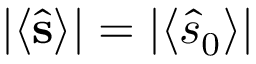
| \langle \hat { \bf s } \rangle | = | \langle \hat { s } _ { 0 } \rangle |